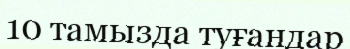
10 тамызда туғандар